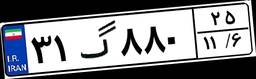
۳۱گ۸۸۰۲۵